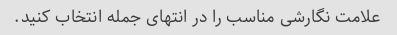
علامت نگارشی مناسب را در انتهای جمله انتخاب کنید.